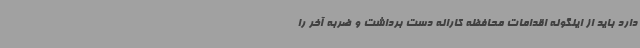
دارد باید از اینگونه اقدامات محافظه کارانه دست برداشت و ضربه آخر را